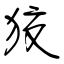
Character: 狡